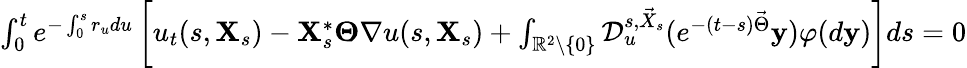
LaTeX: \begin{array}{r}{\int_{0}^{t}e^{-\int_{0}^{s}r_{u}du}\left[u_{t}(s,\mathbf{X}_{s})-\mathbf{X}_{s}^{*}\mathbf{\Theta}\nabla u(s,\mathbf{X}_{s})+\int_{{\mathbb R}^{2}\setminus\{ 0\} }\mathcal{D}_{u}^{s,\vec{X}_{s}}(e^{-(t-s)\vec{\Theta}}\mathbf{y})\varphi(d\mathbf{y})\right]ds=0}\end{array}